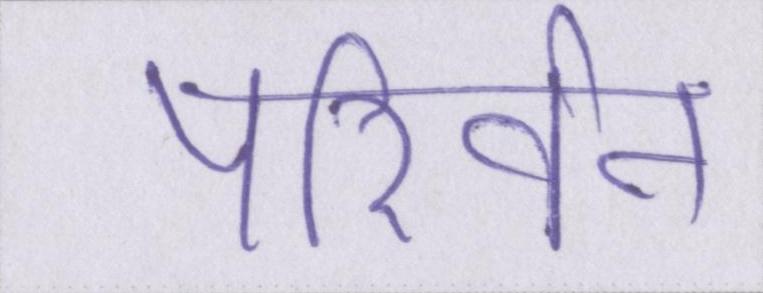
परिर्वन